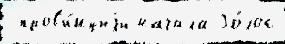
 пров'и́нциjи начала Го́лос